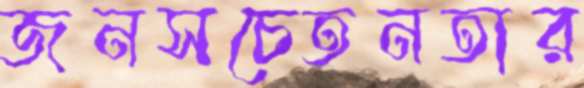
জনসচেতনতার